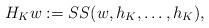
LaTeX: \begin{align*}H_K w := \SS(w , h_K,\ldots,h_K) ,\end{align*}